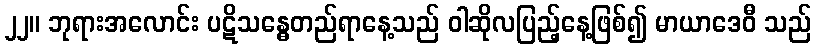
၂၂။ ဘုရားအလောင်း ပဋိသန္ဓေတည်ရာနေ့သည် ဝါဆိုလပြည့်နေ့ဖြစ်၍ မာယာဒေဝီ သည်